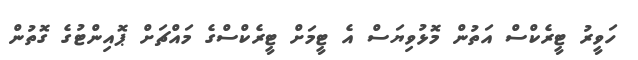
ހަވީރު ޓީރެކްސް އަތުން މޮޅުވިޔަސް އެ ޓީމަށް ޓީރެކްސްގެ މައްޗަށް ޕޮއިންޓުގެ ގޮތުން